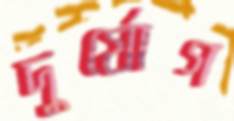
দুর্যোগ